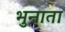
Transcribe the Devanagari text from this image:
भुनाता